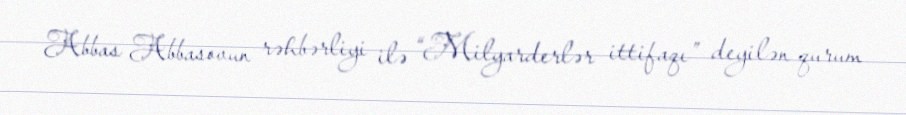
Abbas Abbasovun rəhbərliyi ilə “Milyarderlər ittifaqı” deyilən qurum